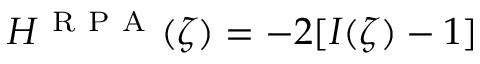
H ^ { \mathrm { ~ R ~ P ~ A ~ } } ( \zeta ) = - 2 [ I ( \zeta ) - 1 ]